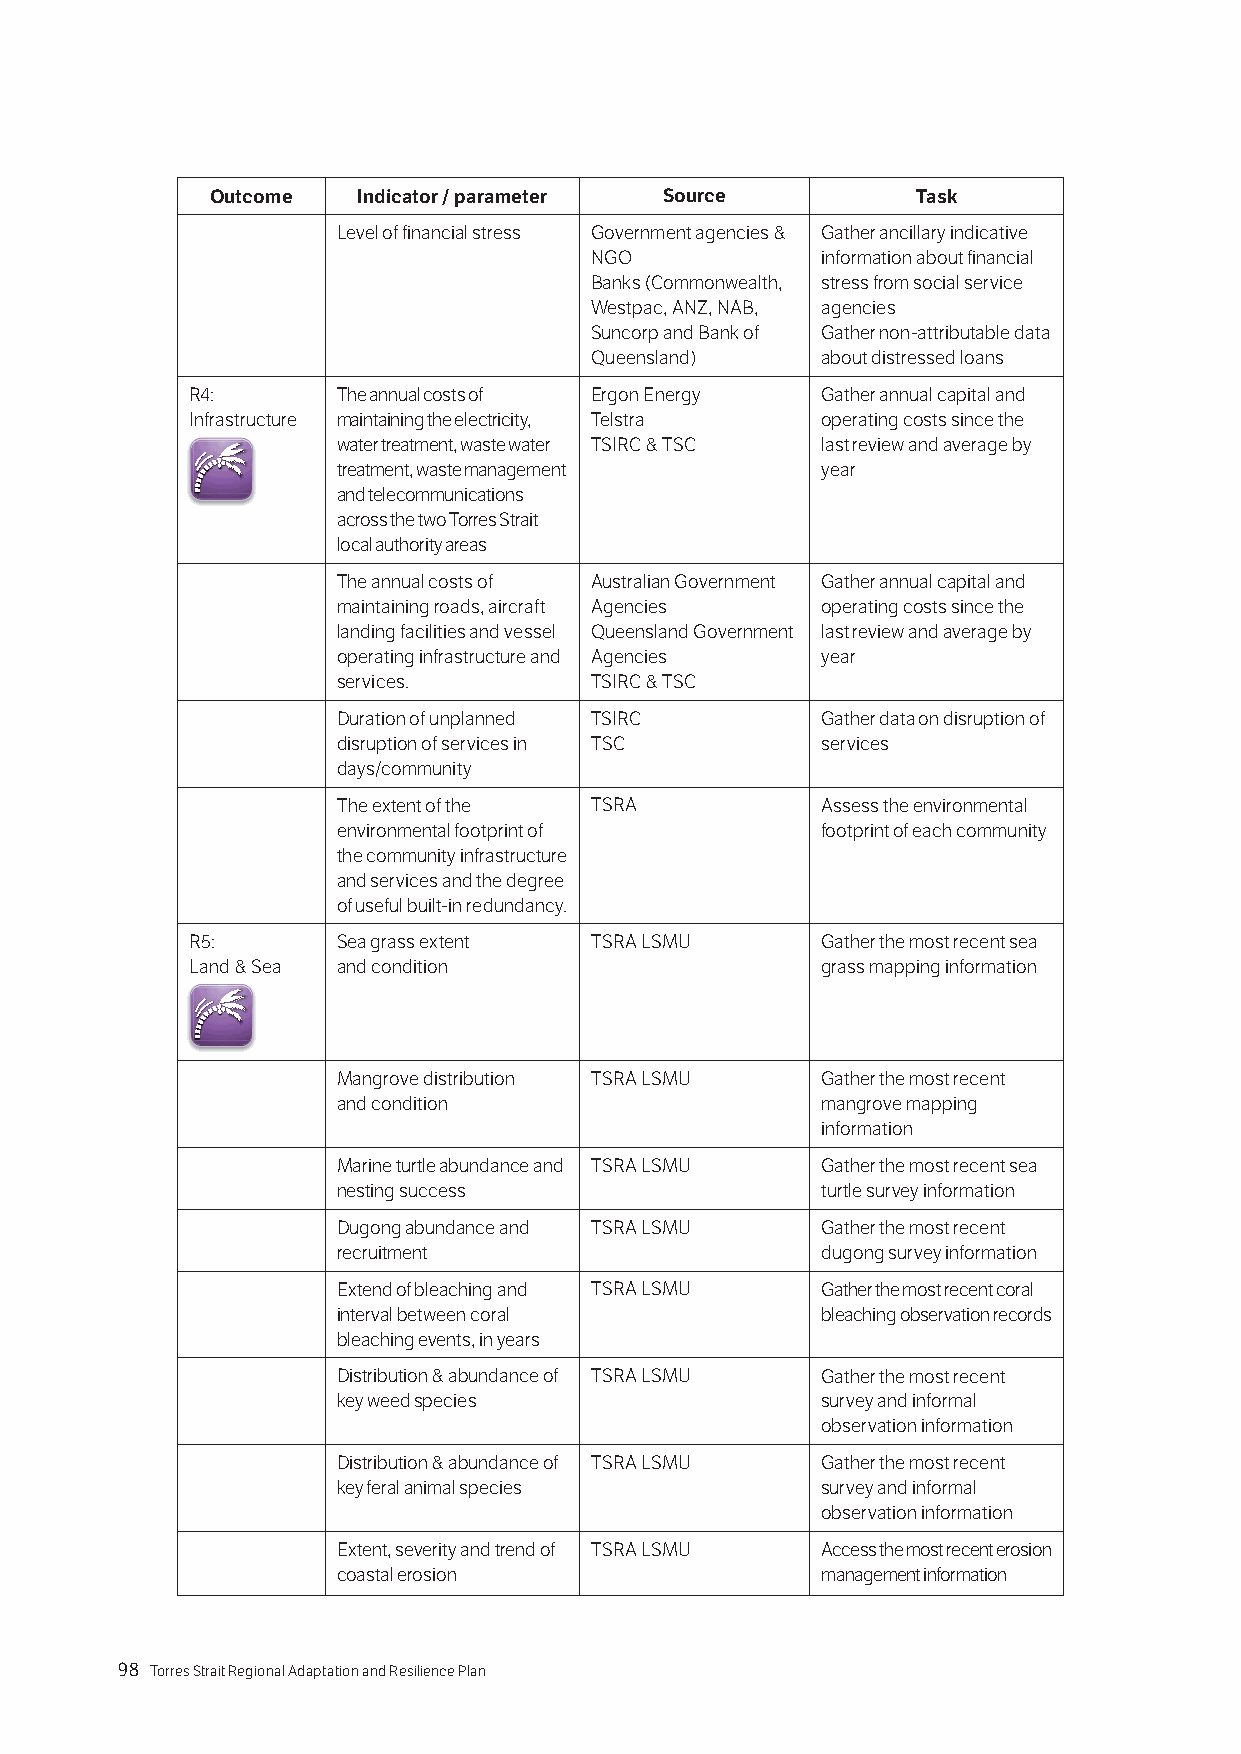
Outcome   Indicator / parameter Source         Task
 Level of financial stress Government agencies & Gather ancillary indicative
 NGO            information about financial
 Banks (Commonwealth, stress from social service
 Westpac, ANZ, NAB, agencies
 Suncorp and Bank of Gather non-attributable data
 Queensland)    about distressed loans
 R4:      The annual costs of Ergon Energy Gather annual capital and
 Infrastructure maintaining the electricity, Telstra operating costs since the
 water treatment, waste water TSIRC & TSC last review and average by
 treatment, waste management     year
 and telecommunications
 across the two Torres Strait
 local authority areas
 The annual costs of Australian Government Gather annual capital and
 maintaining roads, aircraft Agencies operating costs since the
 landing facilities and vessel Queensland Government last review and average by
 operating infrastructure and Agencies year
 services.        TSIRC & TSC
 Duration of unplanned TSIRC     Gather data on disruption of
 disruption of services in TSC   services
 days/community
 The extent of the TSRA          Assess the environmental
 environmental footprint of      footprint of each community
 the community infrastructure
 and services and the degree
 of useful built-in redundancy.
 R5:      Sea grass extent TSRA LSMU      Gather the most recent sea
 Land & Sea and condition                 grass mapping information
 Mangrove distribution TSRA LSMU Gather the most recent
 and condition                   mangrove mapping
 information
 Marine turtle abundance and TSRA LSMU Gather the most recent sea
 nesting success                 turtle survey information
 Dugong abundance and TSRA LSMU  Gather the most recent
 recruitment                     dugong survey information
 Extend of bleaching and TSRA LSMU Gather the most recent coral
 interval between coral          bleaching observation records
 bleaching events, in years
 Distribution & abundance of TSRA LSMU Gather the most recent
 key weed species                survey and informal
 observation information
 Distribution & abundance of TSRA LSMU Gather the most recent
 key feral animal species        survey and informal
 observation information
 Extent, severity and trend of TSRA LSMU Access the most recent erosion
 coastal erosion                 management information
 98 Torres Strait Regional Adaptation and Resilience Plan